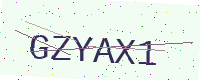
Text: GZYAX1